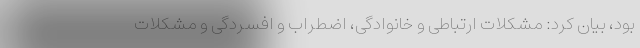
بود، بیان کرد: مشکلات ارتباطی و خانوادگی، اضطراب و افسردگی و مشکلات